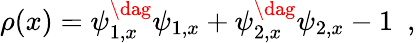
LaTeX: \rho(x)=\psi_{1,x}^{\dag}\psi_{1,x}+\psi_{2,x}^{\dag}\psi_{2,x}-1\ \ ,